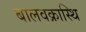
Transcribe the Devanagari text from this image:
बालवक्रास्थि